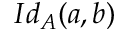
I d _ { A } ( a , b )